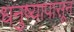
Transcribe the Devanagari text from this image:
धनुष्यापासून